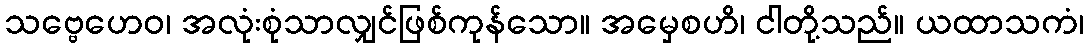
သဗ္ဗေဟေဝ၊ အလုံးစုံသာလျှင်ဖြစ်ကုန်သော။ အမှေစဟိ၊ ငါတို့သည်။ ယထာသကံ၊